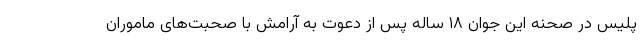
پلیس در صحنه این جوان ۱۸ ساله پس از دعوت به آرامش با صحبت‌های ماموران